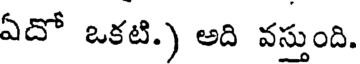
ఏదో ఒకటి.) అది వస్తుంది.